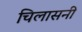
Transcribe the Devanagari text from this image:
चिलासनी